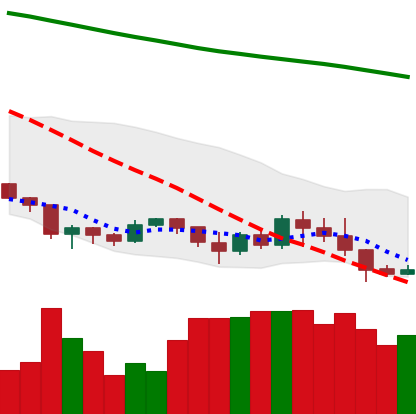
Ticker: XLM-USD
Chart end date: 2019-08-31
Forward return: -3.925%
Label: down_3_5